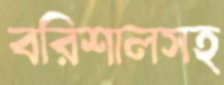
বরিশালসহ